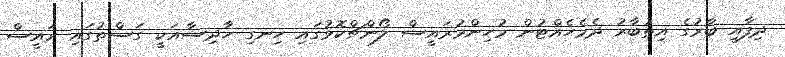
ދިފާއީ ބާރުގެ އިތުބާރު ދެމެހެއްޓުން މުހިންމުރައީސް ލޯންޗްކޮޅުގައި ހިނގި ހާދިސާއަކީ ގަސްތުގައި ރައީސް